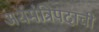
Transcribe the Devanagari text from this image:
अर्थमंत्रिपदाची